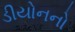
ડીયોનનો